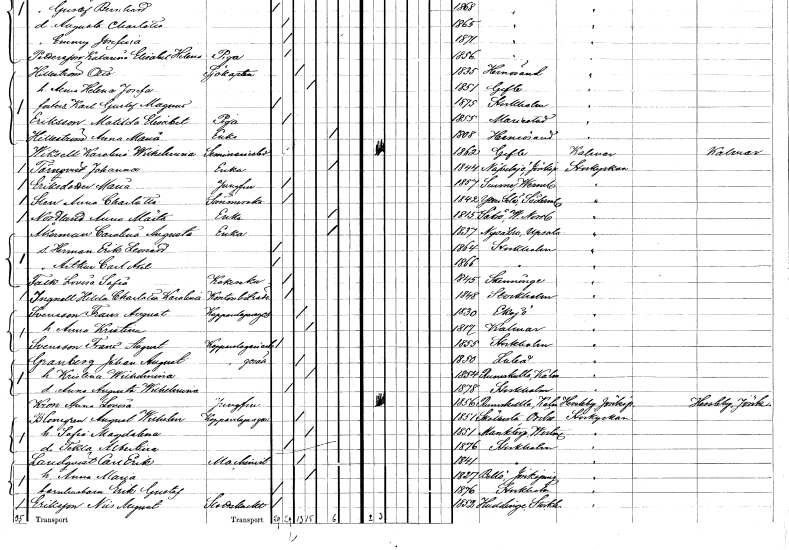
gt_parse: households: individuals: FN: Karolina Wilhelmina
EN: Wiksell
YRKE: Seminarielev
KON: K
CIV: O
FODAR: 1862
FODFORS: Gävle Gävleborgs län
FN: Johanna
EN: Törnqvist
YRKE: Änka
KON: K
CIV: O
FODAR: 1844
FODFORS: Nävelsjö Jönköpings län
FN: Maria
EN: Eriksdotter
YRKE: Jungfru
KON: K
CIV: O
FODAR: 1857
FODFORS: Sunne Värmlands län
FN: Anna Charlotta
EN: Sten
YRKE: Sömmerska
KON: K
CIV: O
FODAR: 1842
FODFORS: Ytterselö Södermanlands län
FN: Anna Märta
EN: Nordlund
YRKE: Änka
KON: K
CIV: E
FODAR: 1815
FODFORS: Säbrå Västernorrlands län
FN: Carolina Augusta
EN: Åkerman
YRKE: Änka
KON: K
CIV: E
FODAR: 1837
FODFORS: Nysätra Uppsala län
FN: Herman Erik Leonard
KON: M
CIV: O
FODAR: 1864
FODFORS: Stockholm
FN: Arthur Carl Axel
KON: M
CIV: O
FODAR: 1866
FODFORS: Stockholm
FN: Lovisa Sofia
EN: Falk
YRKE: Kokerska
KON: K
CIV: O
FODAR: 1845
FODFORS: Skänninge Östergötlands län
FN: Hilda Charlotta Karolina
EN: Ingnell
YRKE: Kontorsbiträde
KON: K
CIV: O
FODAR: 1848
FODFORS: Stockholm
FN: Frans August
EN: Svensson
YRKE: Kopparslagaregesäll
KON: M
CIV: G
FODAR: 1830
FODFORS: Eksjö Jönköpings län
FN: Anna Kristina
KON: K
CIV: G
FODAR: 1817
FODFORS: Kalmar Kalmar län
FN: Frans August
EN: Svensson
YRKE: Kopparslageriarbetare
KON: M
CIV: O
FODAR: 1855
FODFORS: Stockholm
FN: Johan August
EN: Granberg
YRKE: Kopparslagaregesäll
KON: M
CIV: G
FODAR: 1850
FODFORS: Luleå Norrbottens län
FN: Kristina Wilhelmina
KON: K
CIV: G
FODAR: 1854
FODFORS: Rumskulla Kalmar län
FN: Anna Augusta Wilhelmina
KON: K
CIV: O
FODAR: 1878
FODFORS: Stockholm
FN: Anna Lovisa
EN: Kron
YRKE: Jungfru
KON: K
CIV: O
FODAR: 1856
FODFORS: Rumskulla Kalmar län
FN: August Wilhelm
EN: Blomgren
YRKE: Kopparslagare
KON: M
CIV: G
FODAR: 1851
FODFORS: Sköllersta Örebro län
FN: Sofia Magdalena
KON: K
CIV: G
FODAR: 1851
FODFORS: Munktorp Västmanlands län
FN: Tekla Albertina
KON: K
CIV: O
FODAR: 1876
FODFORS: Stockholm
FN: Carl Erik
EN: Landqvist
YRKE: Maskinist
KON: M
CIV: G
FODAR: 1841
FODFORS: Stockholm
FN: Anna Maria
KON: K
CIV: G
FODAR: 1827
FODFORS: Bellö Jönköpings län
FN: Erik Gustaf
YRKE: Barnhusbarn
KON: M
CIV: O
FODAR: 1876
FODFORS: Stockholm
FN: Nils August
EN: Eriksson
YRKE: Slottsknekt
KON: M
CIV: O
FODAR: 1852
FODFORS: Huddinge Stockholms län